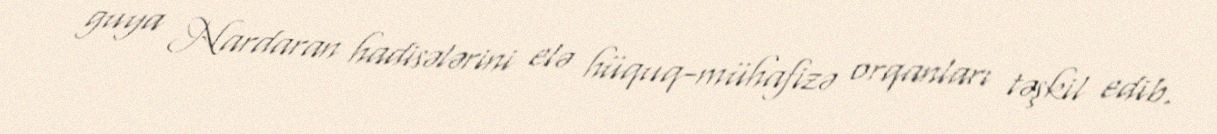
guya Nardaran hadisələrini elə hüquq-mühafizə orqanları təşkil edib.